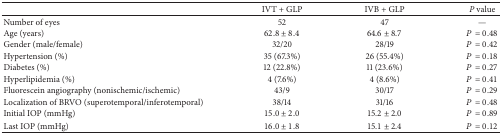
<table><thead><tr><td><b> </b></td><td><b>IVT + GLP</b></td><td><b>IVB + GLP</b></td><td><b><i>P</i> value</b></td></tr></thead><tbody><tr><td>Number of eyes</td><td>52</td><td>47</td><td>—</td></tr><tr><td>Age (years)</td><td>62.8 ± 8.4</td><td>64.6 ± 8.7</td><td><i>P</i> = 0.48</td></tr><tr><td>Gender (male/female)</td><td>32/20</td><td>28/19</td><td><i>P</i> = 0.42</td></tr><tr><td>Hypertension (%)</td><td>35 (67.3%)</td><td>26 (55.4%)</td><td><i>P</i> = 0.18</td></tr><tr><td>Diabetes (%)</td><td>12 (22.8%)</td><td>11 (23.6%)</td><td><i>P</i> = 0.27</td></tr><tr><td>Hyperlipidemia (%)</td><td>4 (7.6%)</td><td>4 (8.6%)</td><td><i>P</i> = 0.41</td></tr><tr><td>Fluorescein angiography (nonischemic/ischemic)</td><td>43/9</td><td>30/17</td><td><i>P</i> = 0.29</td></tr><tr><td>Localization of BRVO (superotemporal/inferotemporal)</td><td>38/14</td><td>31/16</td><td><i>P</i> = 0.48</td></tr><tr><td>Initial IOP (mmHg)</td><td>15.0 ± 2.0</td><td>15.2 ± 2.0</td><td><i>P</i> = 0.89</td></tr><tr><td>Last IOP (mmHg)</td><td>16.0 ± 1.8</td><td>15.1 ± 2.4</td><td><i>P</i> = 0.12</td></tr></tbody></table>